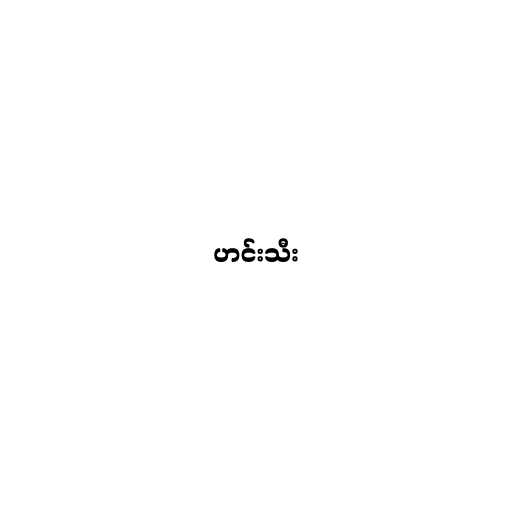
ဟင်းသီး